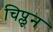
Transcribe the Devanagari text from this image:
चिप्लून